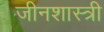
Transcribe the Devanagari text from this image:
जीनशास्त्री